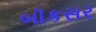
બૉકસર